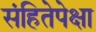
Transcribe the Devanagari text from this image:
संहितेपेक्षा